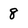
Character: 8